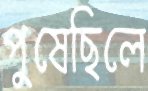
পুষেছিলে